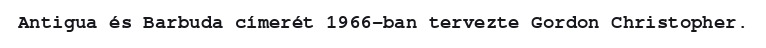
Antigua és Barbuda címerét 1966-ban tervezte Gordon Christopher.